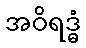
အဝိရဒ္ဓံ